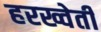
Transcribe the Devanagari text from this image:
हरख्वेती